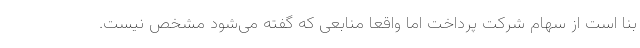
بنا است از سهام شرکت پرداخت اما واقعا منابعی که گفته می‌شود مشخص نیست.